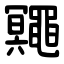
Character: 鼆